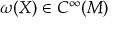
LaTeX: \omega ( X ) \in C ^ { \infty } ( M )